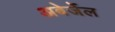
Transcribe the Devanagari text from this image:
अबेर्जेल